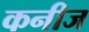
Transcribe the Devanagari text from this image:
कनीज